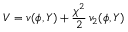
V = v ( \phi , Y ) + \frac { \chi ^ { 2 } } { 2 } \, v _ { 2 } ( \phi , Y )